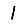
Digit: 1